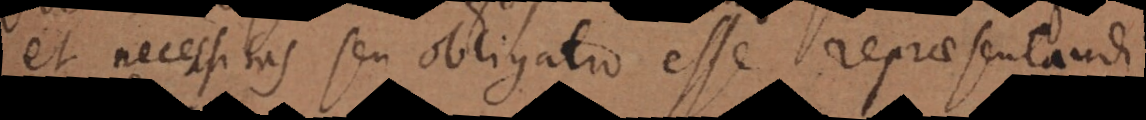
et necessitas seu obligatio esse repraesentandi